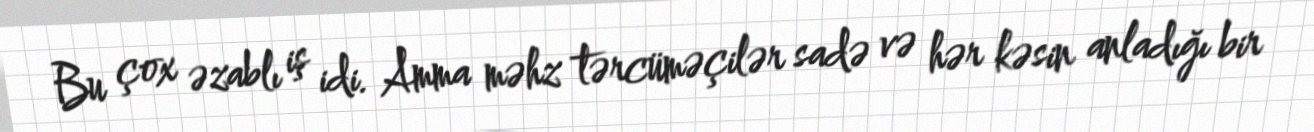
Bu çox əzablı iş idi. Amma məhz tərcüməçilər sadə və hər kəsin anladığı bir